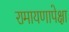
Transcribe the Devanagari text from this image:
रामायणापेक्षा